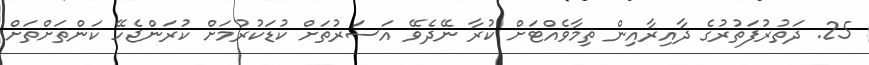
25. ދަތުރުފަތުރުގެ ދާއިރާއިން ތިމާވެއްޓަށް ކުރާ ނޭދެވޭ އަސަރުތަށް ކުޑަކުރުމަށް ކުރަންޖެހޭ ކަންތަށްތަށް